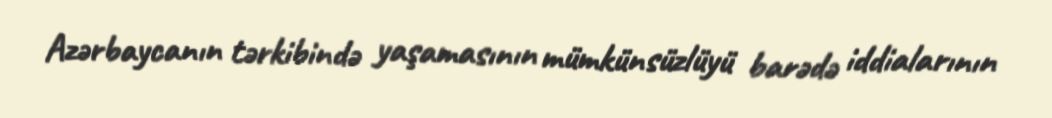
Azərbaycanın tərkibində yaşamasının mümkünsüzlüyü barədə iddialarının